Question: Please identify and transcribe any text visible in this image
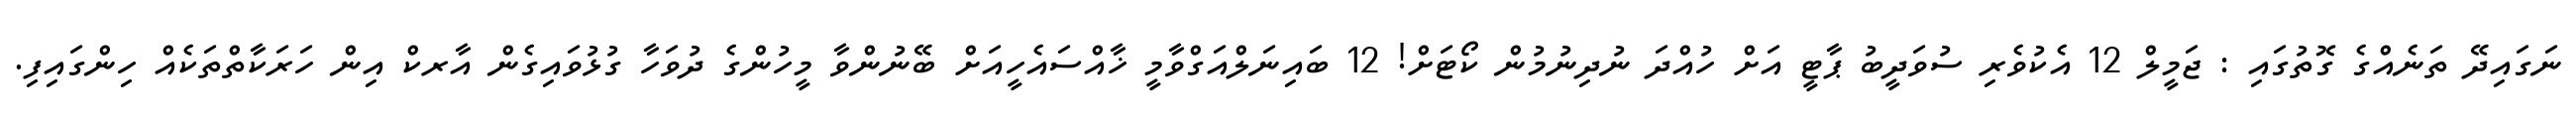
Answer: ނަގައިދޭ ތަނެއްގެ ގޮތުގައި : ޖަމީލް 12 އެކުވެރި ސުވަދީބު ޕާޓީ އަށް ހުއްދަ ނުދިނުމުން ކޯޓަށް! 12 ބައިނަލްއަގްވާމީ ޚާއްސައެހީއަށް ބޭނުންވާ މީހުންގެ ދުވަހާ ގުޅުވައިގެން އާރކް އިން ހަރަކާތްތަކެއް ހިންގައިފި.